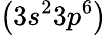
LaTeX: \big(3s^{2}3p^{6}\big)